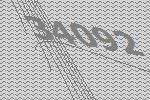
34092